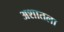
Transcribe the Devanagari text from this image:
अशातला